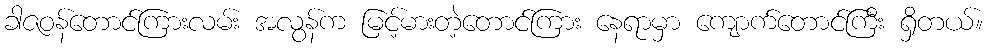
ခါဇဝန်တောင်ကြားလမ်း အလွန်က မြင့်မားတဲ့တောင်ကြား နေရာမှာ ကျောက်တောင်ကြီး ရှိတယ်။